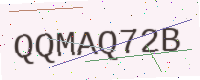
Text: QQMAQ72B